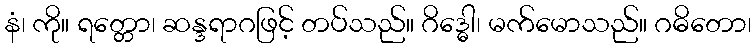
နံ၊ ကို။ ရတ္တော၊ ဆန္ဒရာဂဖြင့် တပ်သည်။ ဂိဒ္ဓေါ၊ မက်မောသည်။ ဂဓိတော၊